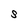
Character: S